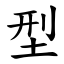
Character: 型